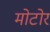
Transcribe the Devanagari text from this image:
मोटोर